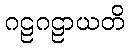
ဂဠဂဠာယတိ